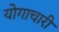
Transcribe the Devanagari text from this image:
योगाचारी